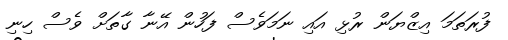
ފުރަތަމަ އިޒްޔަން ރުޅި އައި ނަމަވެސް ފަހުން އޭނާ ގާތަށް ވެސް ހިނި